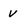
Character: V